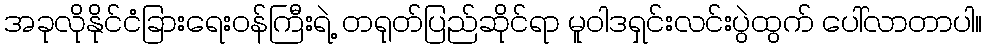
အခုလိုနိုင်ငံခြားရေးဝန်ကြီးရဲ့ တရုတ်ပြည်ဆိုင်ရာ မူဝါဒရှင်းလင်းပွဲထွက် ပေါ်လာတာပါ။